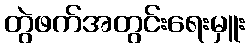
တွဲဖက်အတွင်းရေးမှူး